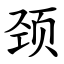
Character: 颈